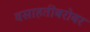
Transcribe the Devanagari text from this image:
वसाहतींबरोबर